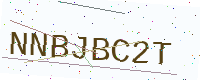
Text: NNBJBC2T